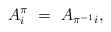
LaTeX: \begin{align*}A^{\pi}_i \ = \ A_{\pi^{-1}i},\end{align*}